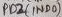
Text: PD2 (IND0)